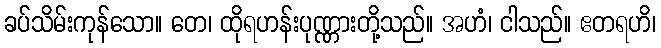
ခပ်သိမ်းကုန်သော။ တေ၊ ထိုရဟန်းပုဏ္ဏားတို့သည်။ အဟံ၊ ငါသည်။ ဧတရဟိ၊